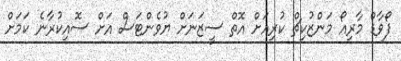
ފޯވާޑް މާރިއޯ މަންޒުކިޗް ކުރިއަށް އޮތް ސީޒަނަށް ޔުވެންޓަސް އަށް ސޮއިކުރާނެ ކަމަށް